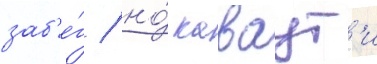
заб'е́г / но́ каваут'и